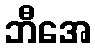
ဘီအေ